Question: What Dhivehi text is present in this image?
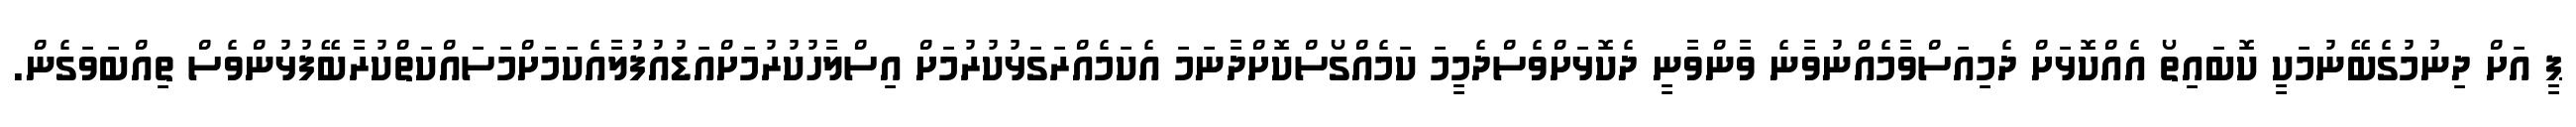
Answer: ޕީ އަށް ދިނުމުގެބޭނުމަކީ ކޮބައިތޯ އެއްކޮޅަށް ދެމިއަސްވާމެއްނުވާނެ ވާންވާނީ ދެކޮޅަށްވެސްދެމީމަ ކަމެއްގޯސްކޮށްދާނަމަ އެކަމެއްރަގަޅުކުރުމަށް އިސްލާހުކުރުމަށްއަޑުއުފުލާއެކަމަށްމަސައްކަތްކުރާބޭފުޅުންވެސް ތިއްބަވަގެން.